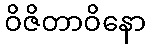
ဝိဇိတာဝိနော